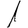
Digit: 1